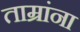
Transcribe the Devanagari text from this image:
ताम्रांना